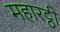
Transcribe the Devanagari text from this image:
महारट्ठी